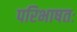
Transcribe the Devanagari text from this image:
परिभाषतः